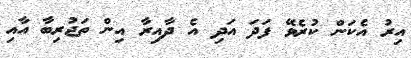
އިރު އެކަން ކުރެވޭ ފަދަ އަދި އެ ދާއިރާ އިން ތަޖުރިބާ އާއި